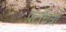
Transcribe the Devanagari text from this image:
पटचित्रों